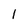
Character: l